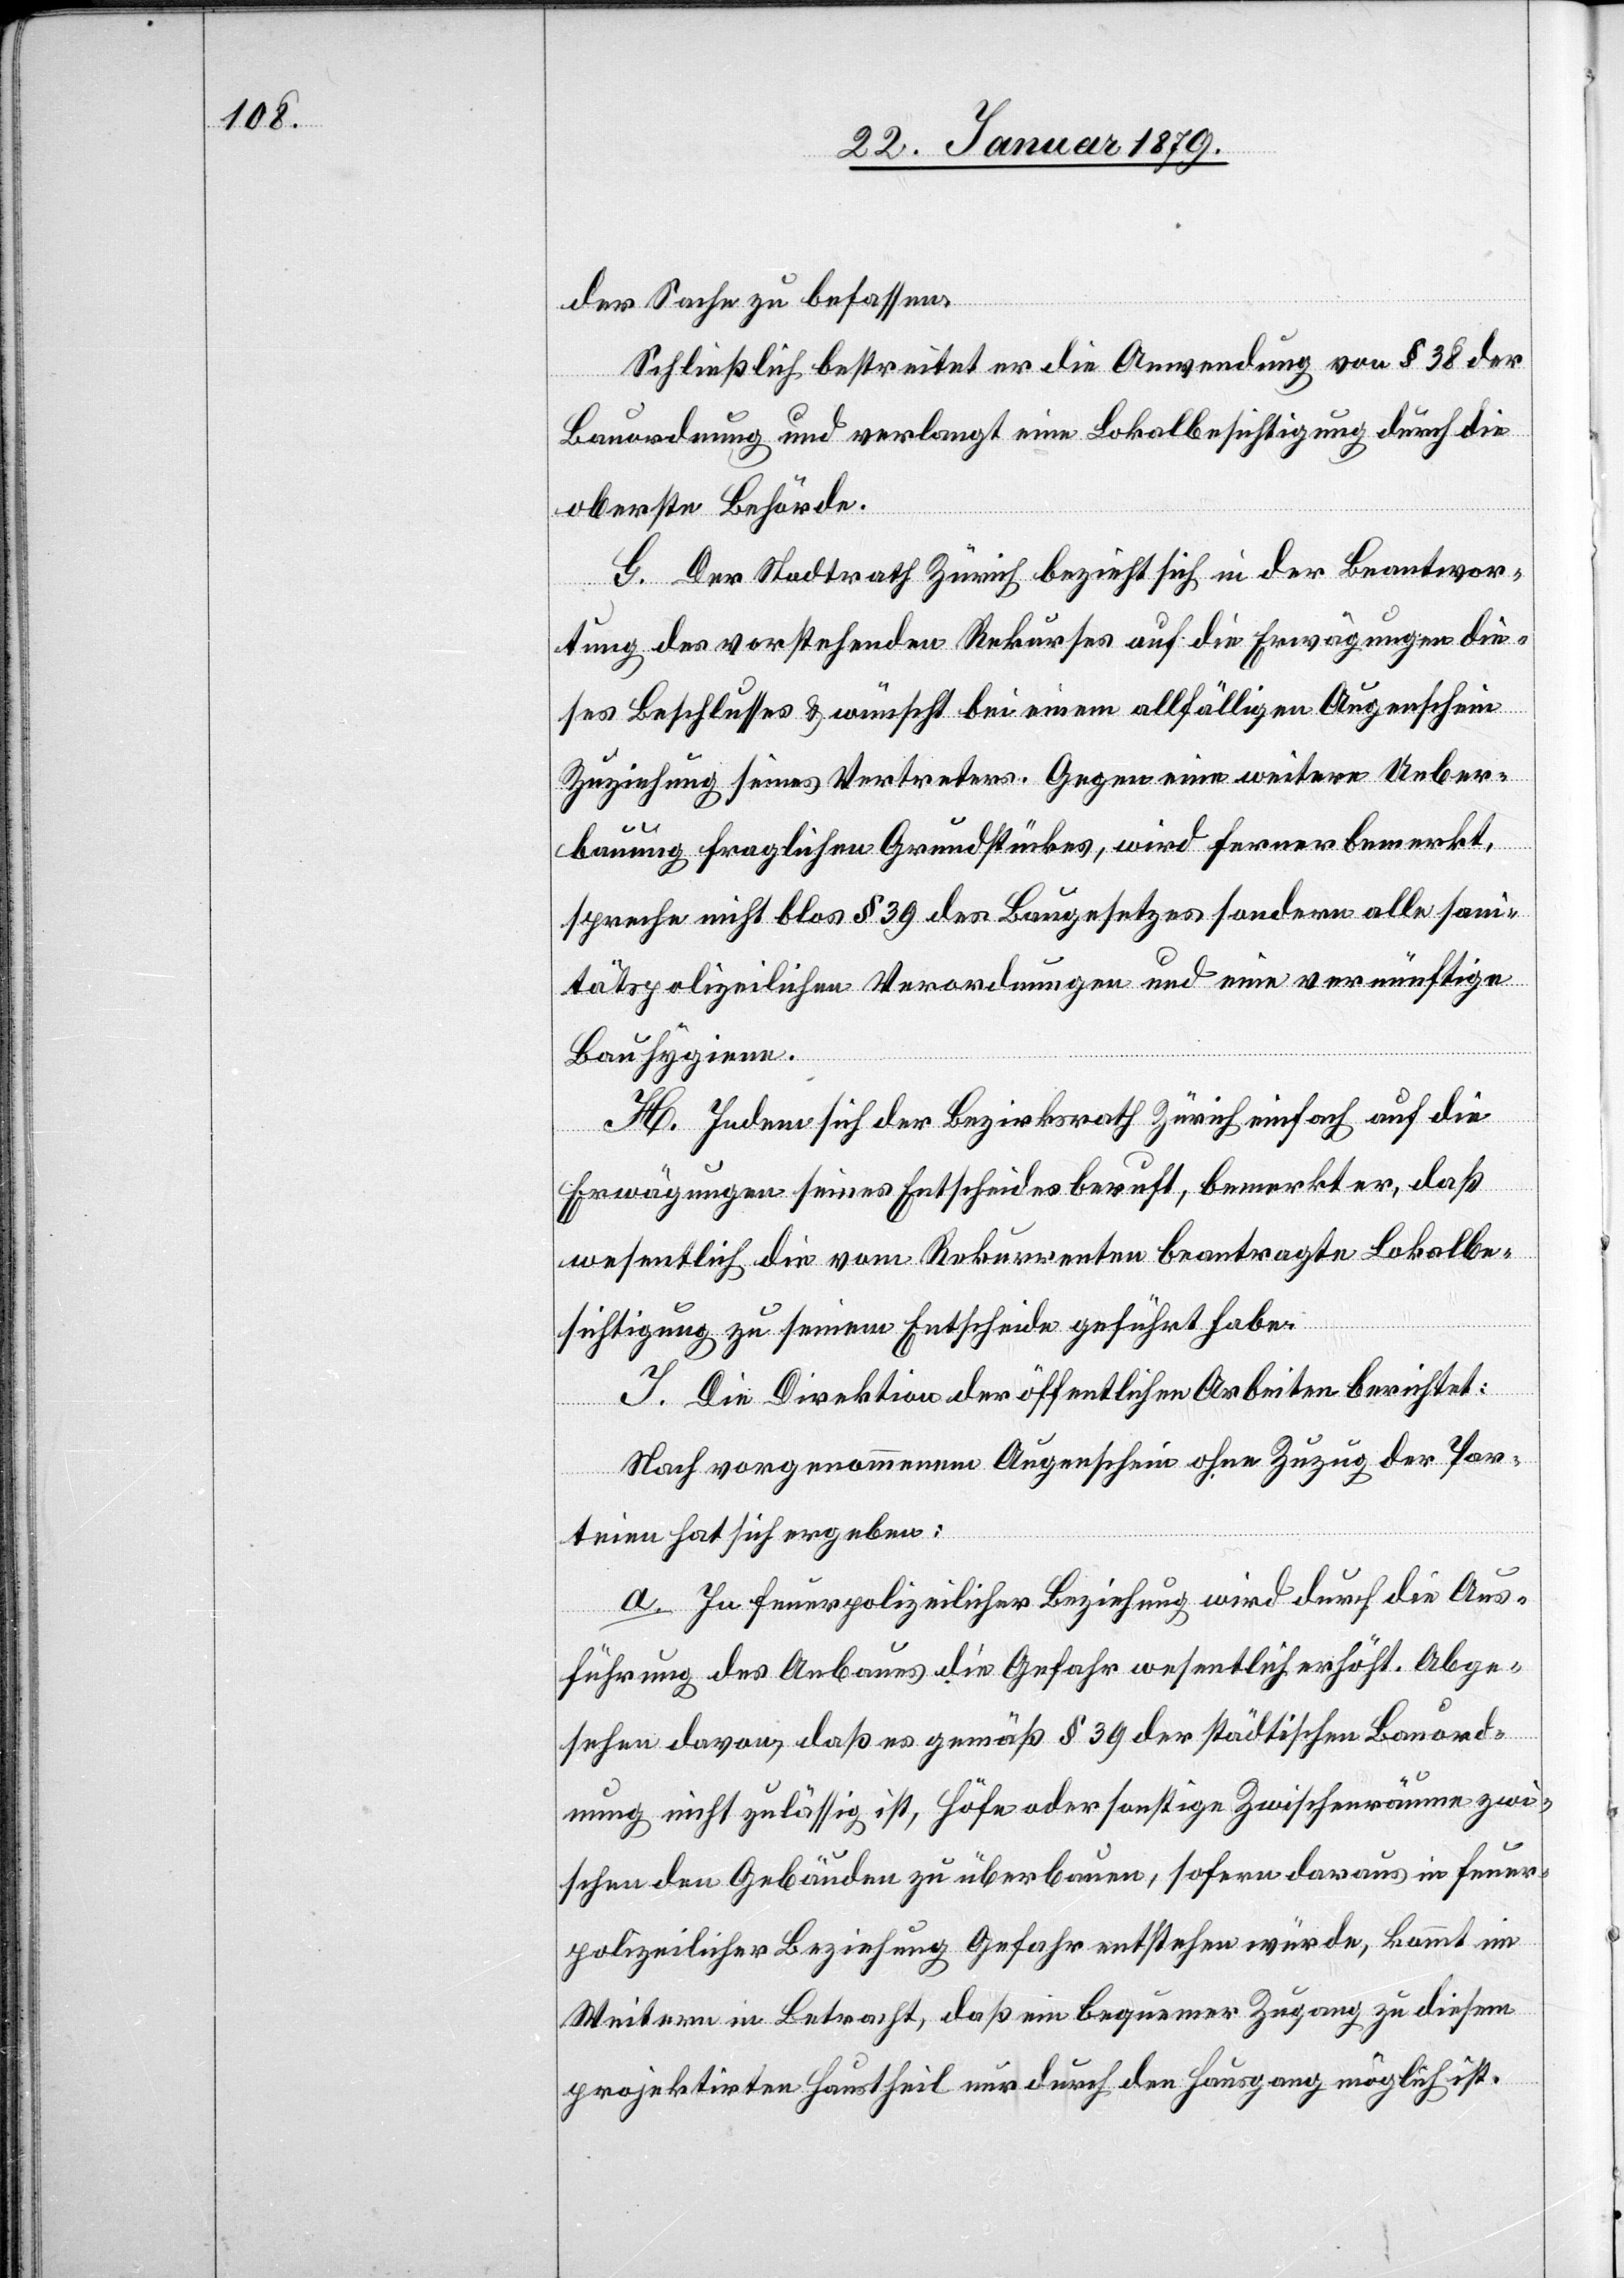
der Sache zu befassen.
Schließlich bestreitet er die Anwendung von § 38 der
Bauordnung und verlangt eine Lokalbesichtigung durch die
oberste Behörde.
G. Der Stadtrath Zürich bezieht sich in der Beantwor¬
tung des vorstehenden Rekurses auf die Erwägungen die¬
ses Beschlusses & wünscht bei einem allfälligen Augenschein
Zuziehung seines Vertreters. Gegen eine weitere Ueber¬
bauung fraglichen Grundstückes, wird ferner bemerkt,
spreche nicht blos § 39 des Baugesetzes sondern alle sani¬
tätspolizeilichen Verordnungen und eine vernünftige
Bauhygiene.
H. Indem sich der Bezirksrath Zürich einfach auf die
Erwägungen seines Entscheides beruft, bemerkt er, daß
wesentlich die vom Rekurrenten beantragte Lokalbe¬
sichtigung zu seinem Entscheide geführt habe.
J. Die Direktion der öffentlichen Arbeiten berichtet:
Nach vorgenommenem Augenschein ohne Zuzug der Par¬
teien hat sich ergeben:
a. In feuerpolizeilicher Beziehung wird durch die Aus¬
führung des Anbaues die Gefahr wesentlich erhöht. Abge¬
sehen davon, daß es gemäß § 39 der städtischen Bauord¬
nung nicht zulässig ist, Höfe oder sonstige Zwischenräume zwi¬
schen den Gebäuden zu überbauen, sofern daraus in feuer¬
polizeilicher Beziehung Gefahr entstehen würde, kommt im
Weitern in Betracht, daß ein bequemer Zugang zu diesem
projektirten Haustheil nur durch den Hausgang möglich ist.